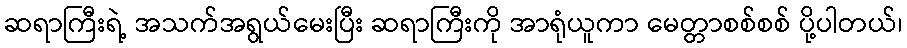
ဆရာကြီးရဲ့ အသက်အရွယ်မေးပြီး ဆရာကြီးကို အာရုံယူကာ မေတ္တာစစ်စစ် ပို့ပါတယ်၊